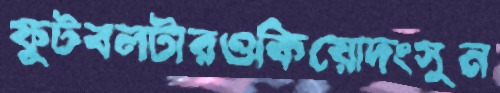
ফুটবলটারওকিয়োদংসুন